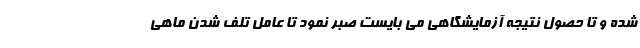
شده و تا حصول نتیجه آزمایشگاهی می بایست صبر نمود تا عامل تلف شدن ماهی